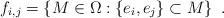
LaTeX: \begin{align*}f_{i,j} = \{ M \in \Omega: \{e_i,e_j\} \subset M\} \enspace .\end{align*}